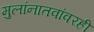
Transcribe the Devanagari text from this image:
मुलांनातवांवरही